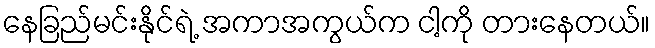
နေခြည်မင်းနိုင်ရဲ့ အကာအကွယ်က ငါ့ကို တားနေတယ်။